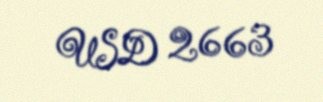
USD 2663